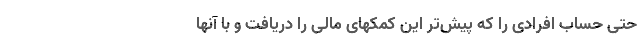
حتی حساب افرادی را که پیش‌تر این کمکهای مالی را دریافت و با آنها